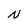
Character: N